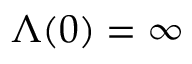
\Lambda ( 0 ) = \infty